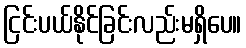
ငြင်းပယ်နိုင်ခြင်းလည်းမရှိပေ။